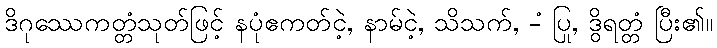
ဒိဂုဿေကတ္တံသုတ်ဖြင့် နပုံဧကတ်ငဲ့, နာမ်ငဲ့, သိသက်, -ံ ပြု, ဒွိရတ္တံ ပြီး၏။